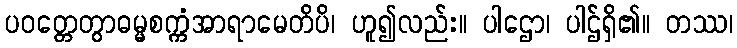
ပဝတ္တေတွာဓမ္မစက္ကံအာရာမေတိပိ၊ ဟူ၍လည်း။ ပါဌော၊ ပါဌ်ရှိ၏။ တဿ၊